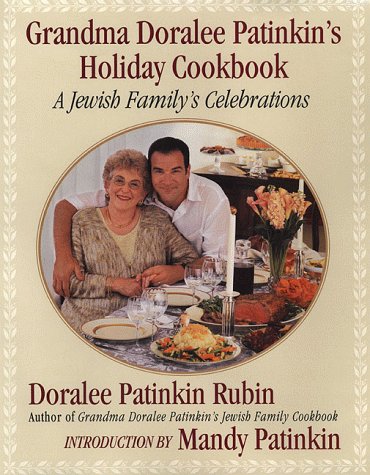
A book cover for Grandma Doralee Patinkin's Holiday Cookbook: A Jewish Family's Celebrations; Doralee Patinkin Rubin; Cookbooks, Food & Wine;